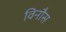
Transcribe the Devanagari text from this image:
विनौस